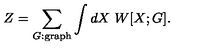
Z = \sum _ { G : \mathrm { g r a p h } } \int d X \ W [ X ; G ] .